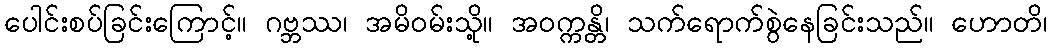
ပေါင်းစပ်ခြင်းကြောင့်။ ဂဗ္ဘဿ၊ အမိဝမ်းသို့။ အဝက္ကန္တိ၊ သက်ရောက်စွဲနေခြင်းသည်။ ဟောတိ၊